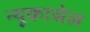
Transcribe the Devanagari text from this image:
न्यूकासेल